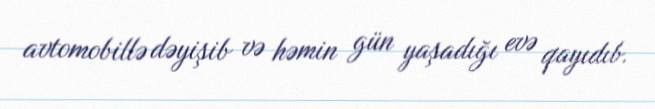
avtomobillə dəyişib və həmin gün yaşadığı evə qayıdıb.